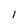
Character: 1